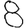
Digit: 8